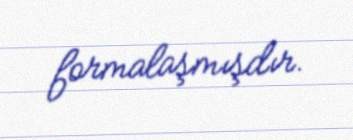
formalaşmışdır.